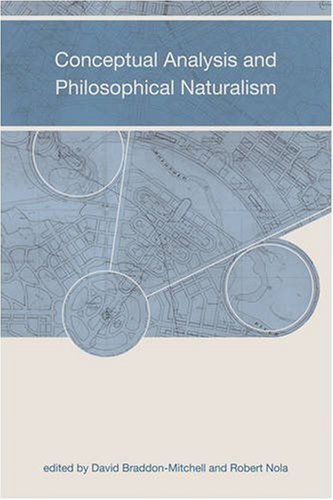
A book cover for Conceptual Analysis and Philosophical Naturalism (Bradford Books); Politics & Social Sciences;